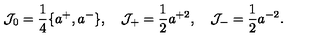
{ \cal J } _ { 0 } = \frac { 1 } { 4 } \{ a ^ { + } , a ^ { - } \} , \quad { \cal J } _ { + } = \frac { 1 } { 2 } a ^ { + 2 } , \quad { \cal J } _ { - } = \frac { 1 } { 2 } a ^ { - 2 } .